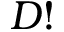
D !